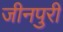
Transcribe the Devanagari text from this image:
जीनपुरी